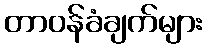
တာဝန်ခံချက်များ